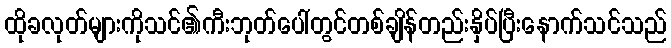
ထိုခလုတ်များကိုသင်၏ကီးဘုတ်ပေါ်တွင်တစ်ချိန်တည်းနှိပ်ပြီးနောက်သင်သည်